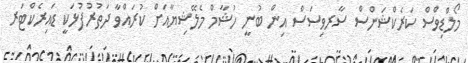
މޯލްޑިވްސް ކަރެކްޝަންސް ސާރވިސަސް އިން ބުނީ ހުޝާމް މެލޭޝިޔާއަށް ކުރައްވާ ދަތުރުފުޅަކީ ޑައިރެކްޓަރ